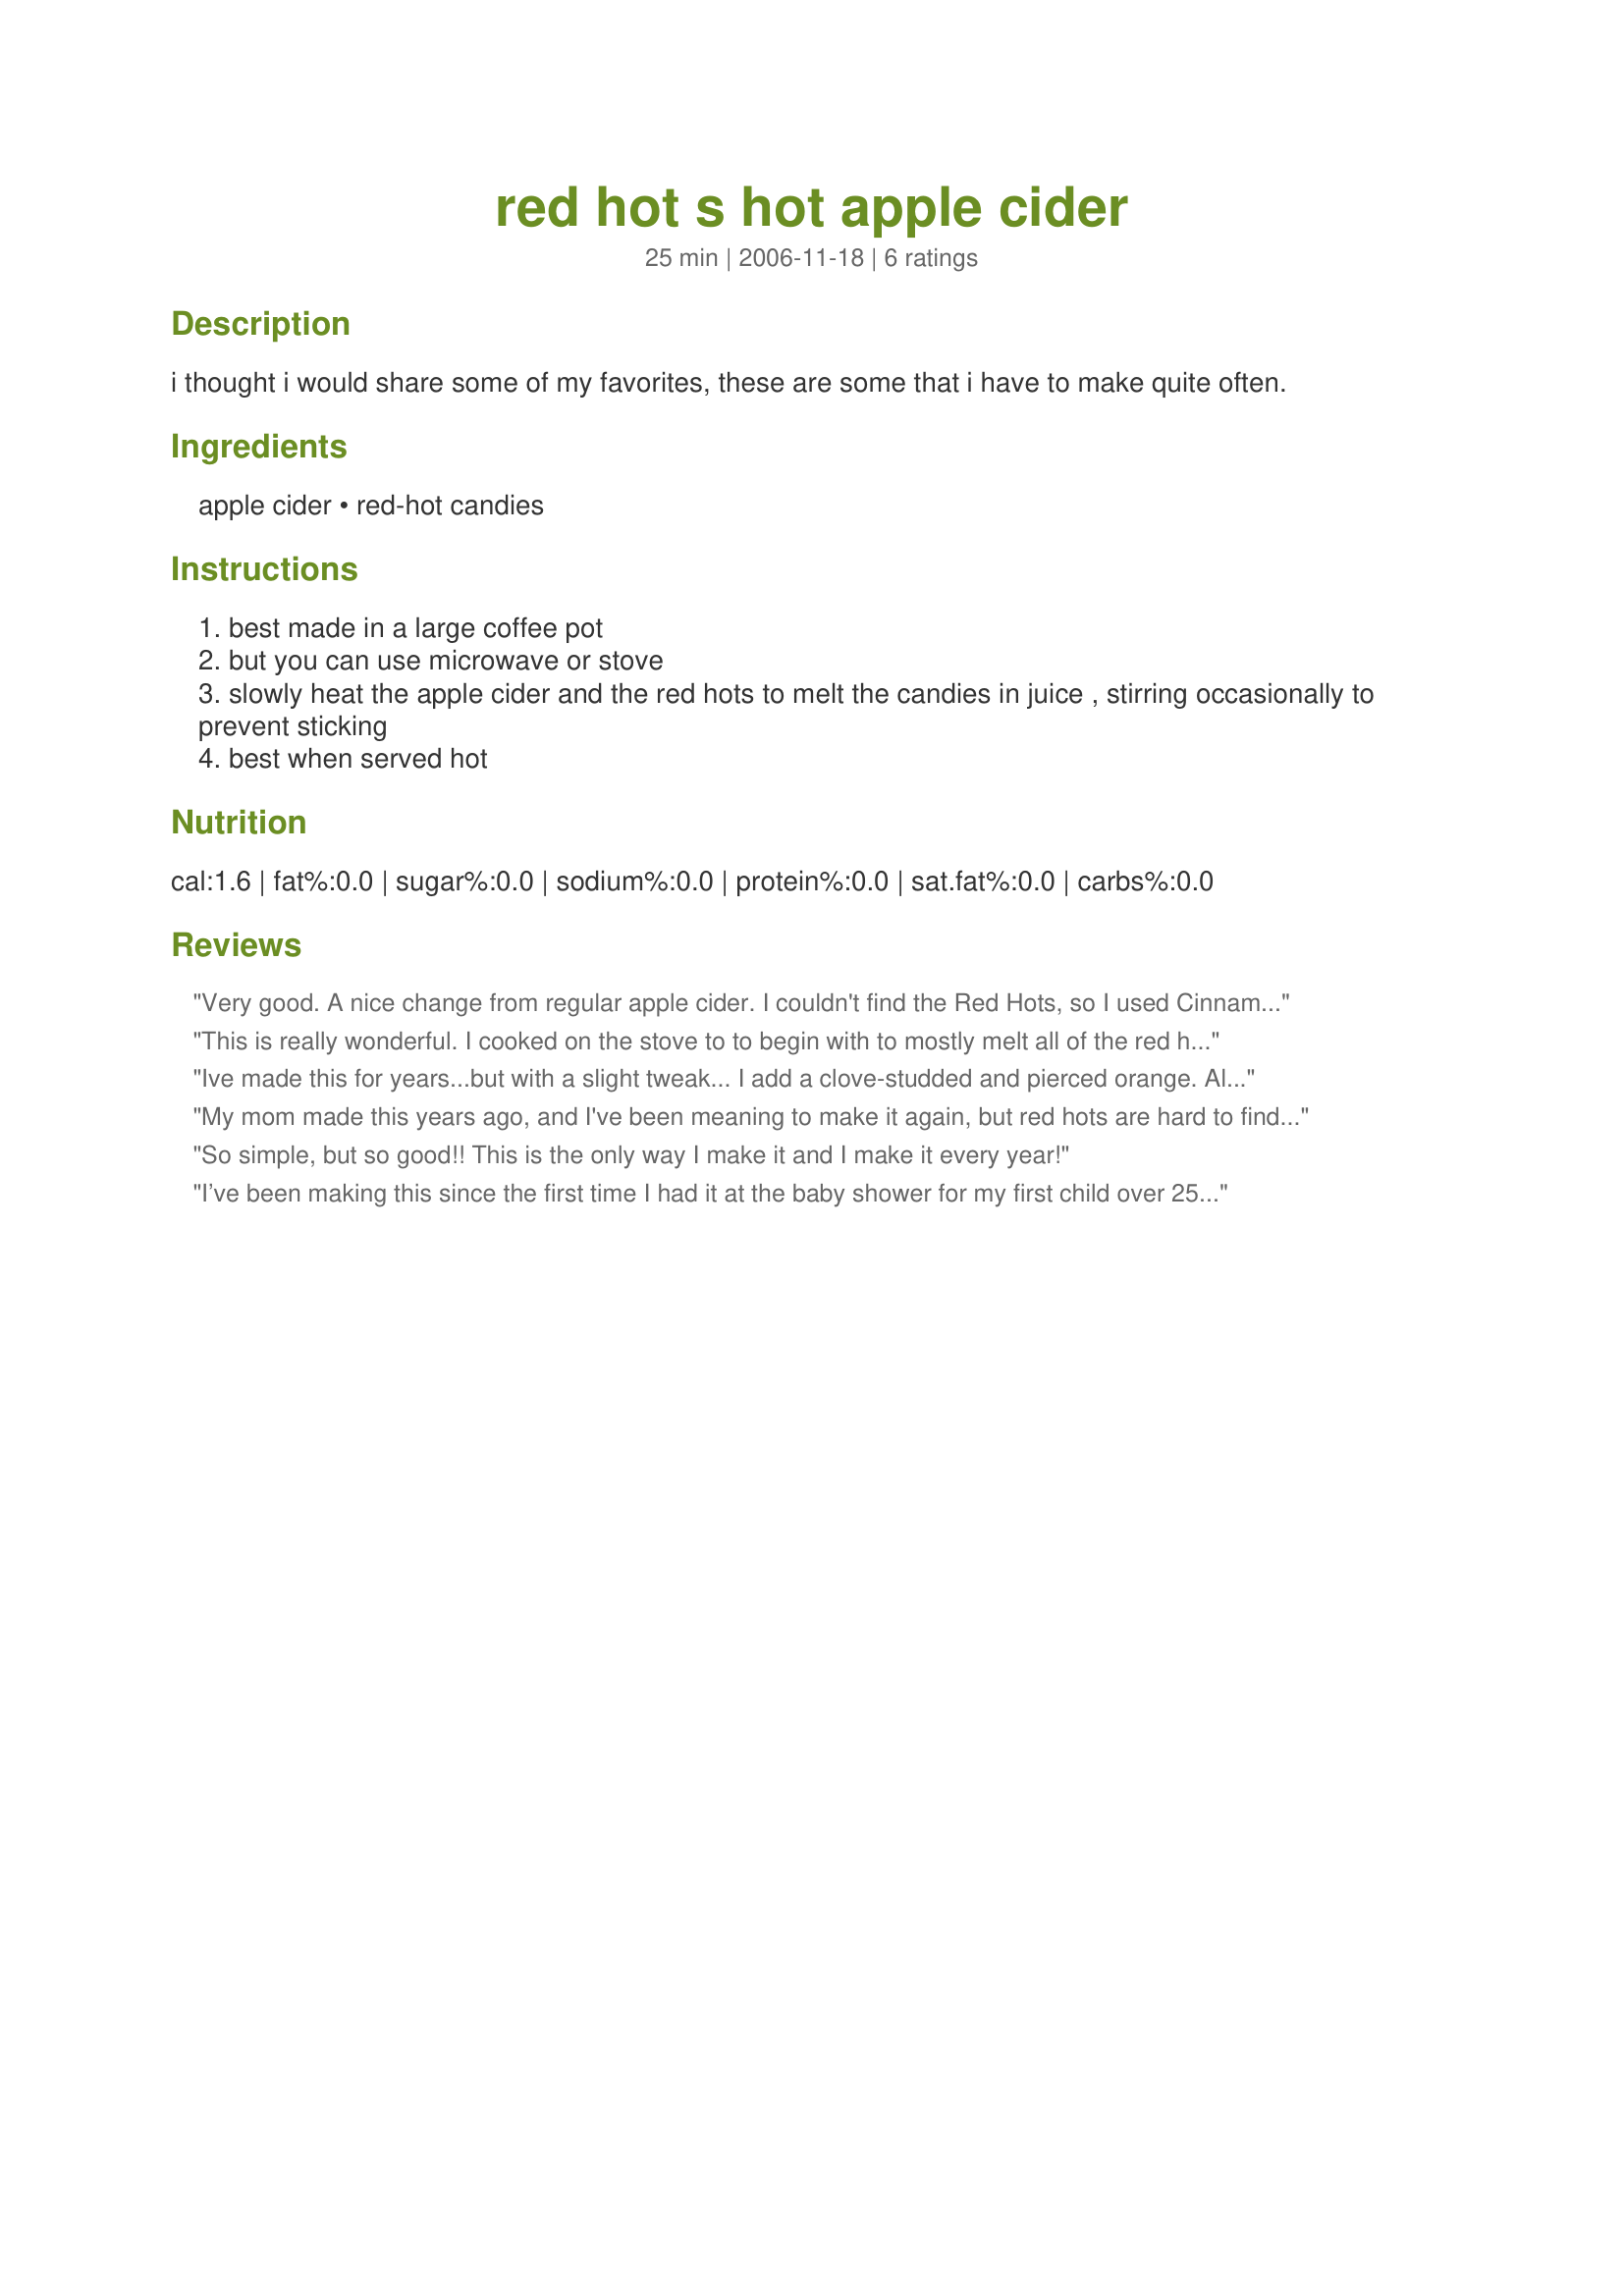
red hot s hot apple cider
Preparation time: 25 minutes

i thought i would share some of my favorites, these are some that i have to make quite often.

Ingredients:
apple cider, red-hot candies

Steps:
best made in a large coffee pot
but you can use microwave or stove
slowly heat the apple cider and the red hots to melt the candies in juice , stirring occasionally to prevent sticking
best when served hot

Reviews:
Very good. A nice change from regular apple cider. I couldn't find the Red Hots, so I used Cinnamon Jolly Ranchers, and just crushed them first.
This is really wonderful. I cooked on the stove to to begin with to mostly melt all of the red hots. Then I transferred to a crockpot to keep warm all day. So delicious. Will definitely be making next year for Christmas!
Ive made this for years...but with a slight tweak... I add a clove-studded and pierced orange. Also...if you have a Winco near you they stock red hots (generic) in their bulk section year round.
My mom made this years ago, and I've been meaning to make it again, but red hots are hard to find around here unless it's February. But now that I have the ratio--2 qt juice : 1/2 c red hots! yay!--I'll be making it this Valentine's Day for my hubby.
So simple, but so good!! This is the only way I make it and I make it every year!
I’ve been making this since the first time I had it at the baby shower for my first child over 25 years ago. It’s easy and delicious.
